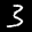
Label: 3